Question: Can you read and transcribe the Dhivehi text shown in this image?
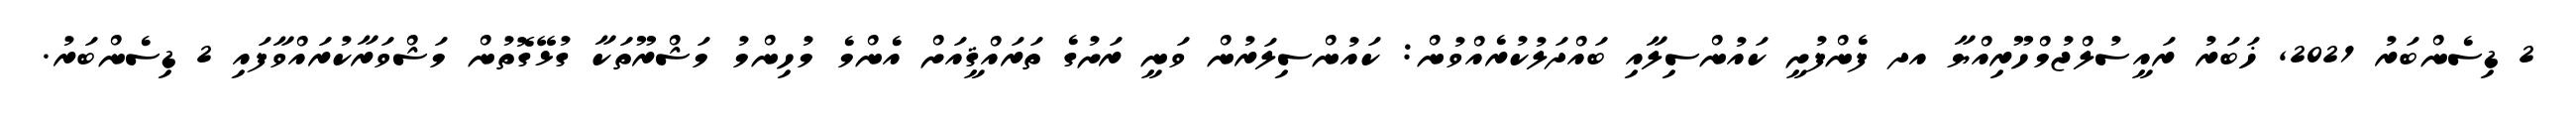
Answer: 2 ޑިސެންބަރު 2021, ޚަބަރު ރައީސުލްޖުމްހޫރިއްޔާ އދ ފެންފުށީ ކައުންސިލާއި ބައްދަލުކުރެއްވުން: ކައުންސިލަރުން ވަނީ ރަށުގެ ތަރައްޤީއަށް އެންމެ މުހިންމު މަޝްރޫތަކާ ގުޅޭގޮތުން މަޝްވަރާކުރައްވާފައި 2 ޑިސެންބަރު.